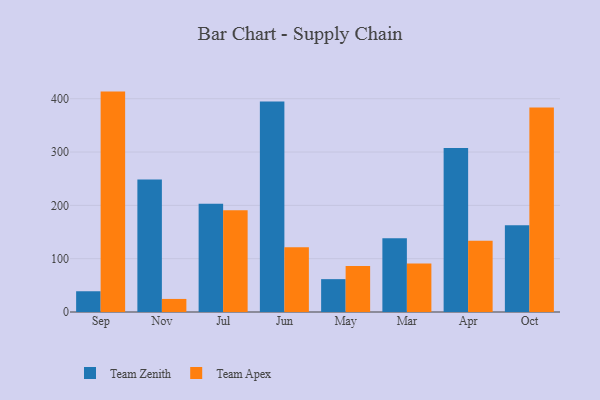
{"axis": {"x": "Month", "y": "Website Visitors"}, "legend": ["Team Apex", "Team Zenith"], "data": [{"x": "Sep", "y": 38.9, "type": "Team Zenith"}, {"x": "Sep", "y": 413.3, "type": "Team Apex"}, {"x": "Nov", "y": 248.5, "type": "Team Zenith"}, {"x": "Nov", "y": 24.5, "type": "Team Apex"}, {"x": "Jul", "y": 203.2, "type": "Team Zenith"}, {"x": "Jul", "y": 190.7, "type": "Team Apex"}, {"x": "Jun", "y": 394.6, "type": "Team Zenith"}, {"x": "Jun", "y": 121.5, "type": "Team Apex"}, {"x": "May", "y": 61.6, "type": "Team Zenith"}, {"x": "May", "y": 86.1, "type": "Team Apex"}, {"x": "Mar", "y": 138.4, "type": "Team Zenith"}, {"x": "Mar", "y": 90.9, "type": "Team Apex"}, {"x": "Apr", "y": 307.7, "type": "Team Zenith"}, {"x": "Apr", "y": 133.7, "type": "Team Apex"}, {"x": "Oct", "y": 162.6, "type": "Team Zenith"}, {"x": "Oct", "y": 383.7, "type": "Team Apex"}]}